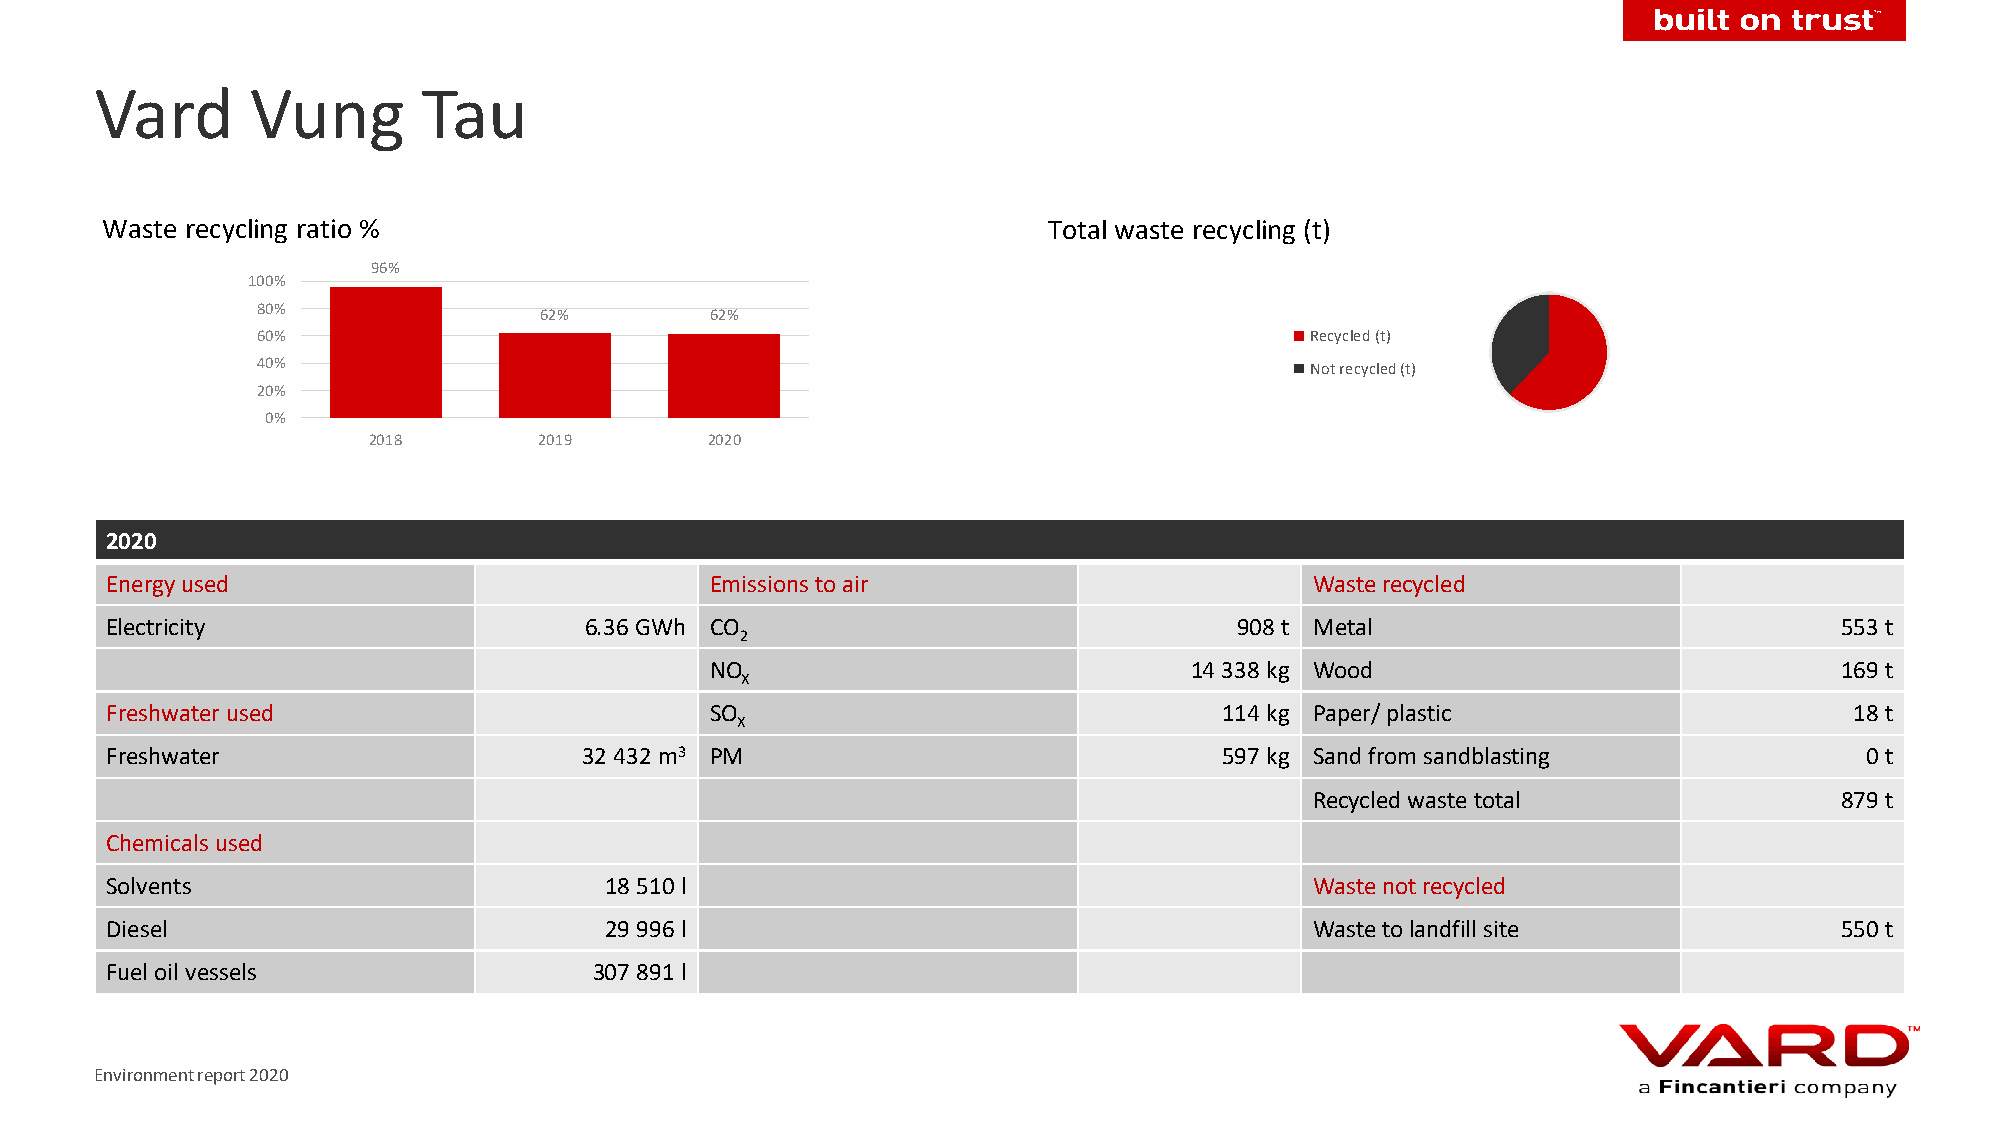
Vard       Vung       Tau
 Waste recycling ratio %                                       Total waste recycling (t)
 96%
 100%
 80%                62%        62%
 60%                                                                   Recycled (t)
 40%                                                                   Not recycled (t)
 20%
 0%
 2018        2019       2020
 2020
 Energy used                             Emissions to air                        Waste recycled
 Electricity                     6.36GWh CO                                 908t Metal                              553 t
 2
 NO                              14 338 kg Wood                             169 t
 X
 Freshwater used                         SO                                114 kg Paper/ plastic                     18 t
 X
 Freshwater                      32 432m3 PM                               597 kg Sand from sandblasting             0 t
 Recycled waste total               879 t
 Chemicals used
 Solvents                         18 510 l                                       Waste not recycled
 Diesel                           29 996 l                                       Waste to landfill site             550 t
 Fuel oil vessels                307 891 l
 Environment report 2020